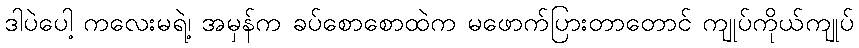
ဒါပဲပေါ့ ကလေးမရဲ့၊ အမှန်က ခပ်စောစောထဲက မဖောက်ပြားတာတောင် ကျုပ်ကိုယ်ကျုပ်